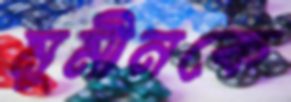
মুমীনকে